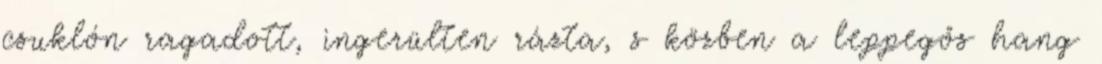
csuklón ragadott, ingerülten rázta, s közben a leppegős hang